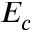
E _ { c }